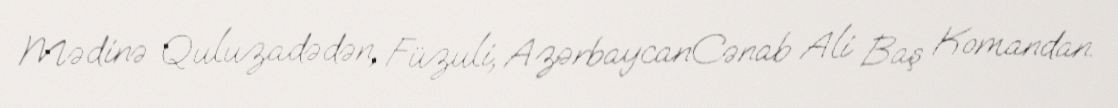
Mədinə Quluzadədən, Füzuli, AzərbaycanCənab Ali Baş Komandan.